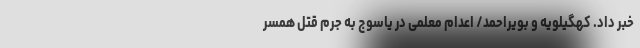
خبر داد. کهگیلویه و بویراحمد/ اعدام معلمی در یاسوج به جرم قتل همسر